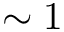
\sim 1